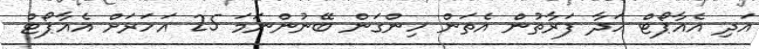
އަދި އެއާޕޯޓް ހަދާ ފަރާތުން އެތަން ހިންގަން ބޭނުންނަމަ 25 އަހަރަށް އެއާޕޯޓް